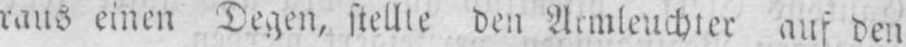
raus einen Degen, stellte den Armleuchter auf den